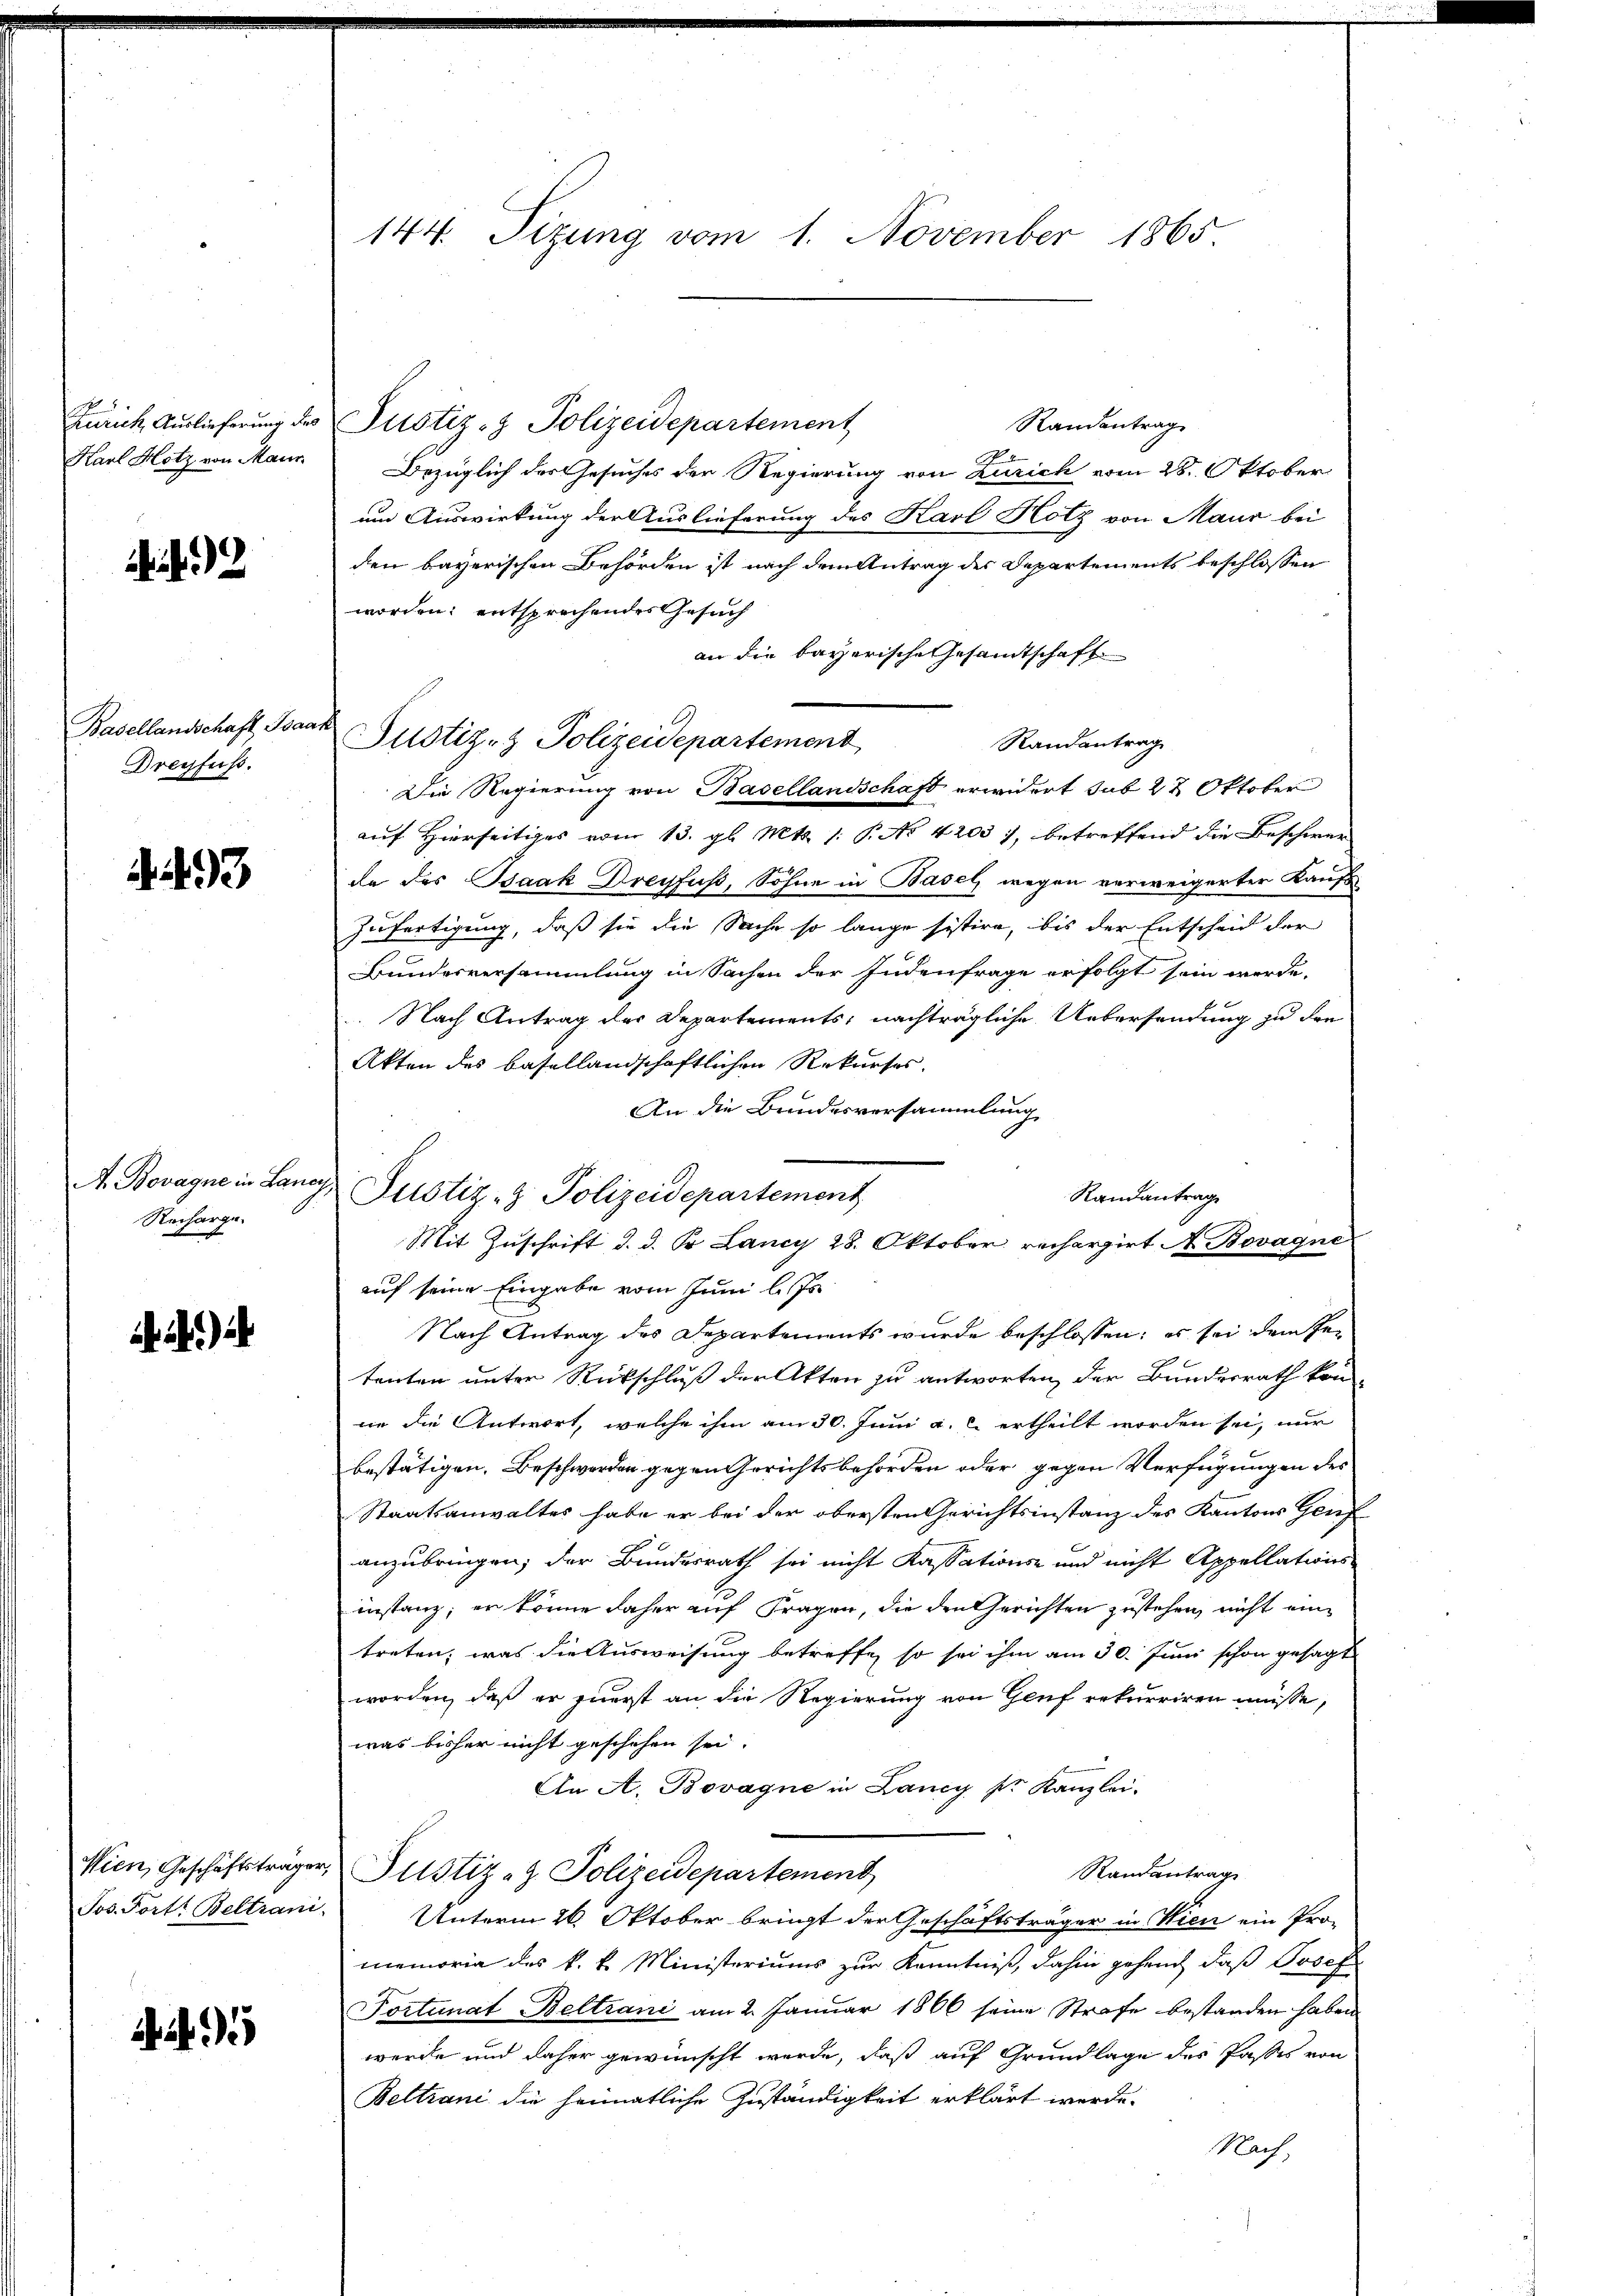
2

Basellandschaft Bar
Dreyfuss.

493

A. Bovagne in Laney,
Recharge.

i

Zürich Auslieferung des Justiz- & Polizeidepartement
Randantrag
Karl Hotz von Maur Bezüglich der Gesuches der Regierung von Zürich vom 28. Oktober
um Auswirkung der Auslieferung des Karl Hotz von Maur bei
den bayerischen Behörden ist nach dem Antrag der Departements beschlossen
worden: entsprechendes Gesuch
an die bayerische Gesamtschaft
t
Justiz- & Polizeidepartement
Randantrage
Die Regierung von Basellandschaft erwidert sub 22 Oktober
auf Hierseitiges vom 13. gl. Mts. 1. P. No 4203), betreffend die Beschwer
de des Baak Dreyfuss, Sohne in Basel wegen verweigerter Kaufs
Zufertigung, daß sie die Sache so lange sistire, bis der Entscheid der
Bundesversammlung in Sachen der Judenfrage erfolgt sein werde.
Nach Antrag des Departements; nachträgliche Uebersendung zu dre
Akten des basellandschaftlichen Rekurses.
An die Brindesversammlung
Justiz- & Polizeidepartement
Randantrage
Mit Zuschrift d. d. Pr. Lancy 28. Oktober recherzirt A. Bovagni
auf seine Eingabe vom Juni l. Js.
Nach Antrag des Departements wurde beschlossen; es sei dem Getenten unter Rückschluß der Akten zu antworten, der Bundesrath kon-
ne die Antwort, welche ihm am 30. Juni a. c. ertheilt worden sei, nur
bestätigen. Beschwerden gegen Gerichtsbehörden oder gegen Verfügungen des
Staatsanwaltes habe er bei der obersten Gerichtsinstanz des Kantons Genf
anzubringen; der Bundesrath sei nicht Kassations- und nicht Appellations-
instanz; er könne daher auf Fragen, die den Gerichten zustehen, nicht eintreten, was die Ausweisung betreffe, so sei ihm am 30. Juni schon gesagt
worden, daß er zuerst an die Regierung von Genf rekurriren müsse,
was bisher nicht geschehen sei.
An A. Bovagne in Lancy pr. Kanzlei.
Wien, Geschäftsträger Justiz- & Polizeidepartement
Randantrag
Jos. Fort: Beltrani, Unterm 26. Oktober bringt der Geschäftsträger in Wien ein Pro-
memoria des k. k. Ministeriums zur Kenntniß, dahin geheuch, daß Josef
Tortunat Beltrani am 2. Januar 1866 seine Strafe bestanden haben
werde und daher gewünscht werde, daß auf Grundlage des Passes von
Beltrani die heimatliche Zuständigkeit erklärt werde.
Nach

144. Sizung vom 1. November 1865